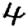
Digit: 4